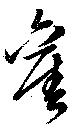
舊